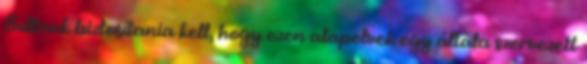
Bullnak biztosítania kell, hogy ezen alapelvek egy általa szervezett